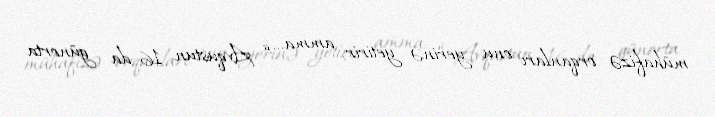
mühafizə orqanları onu yerinə yetirir, amma... “ Avqustun 16-da günorta